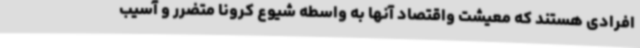
افرادی هستند که معیشت واقتصاد آنها به واسطه شیوع کرونا متضرر و آسیب